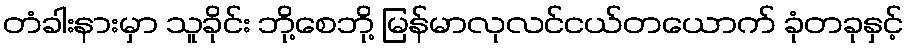
တံခါးနားမှာ သူခိုင်း ဘို့စေဘို့ မြန်မာလုလင်ငယ်တယောက် ခုံတခုနှင့်